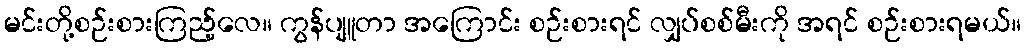
မင်းတို့စဉ်းစားကြည့်လေ။ ကွန်ပျူတာ အကြောင်း စဉ်းစားရင် လျှပ်စစ်မီးကို အရင် စဉ်းစားရမယ်။